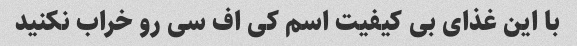
با این غذای بی کیفیت اسم کی اف سی رو خراب نکنید